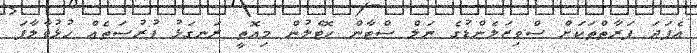
އެފަދަ ފަރާތްތަކަށް ސްވިޒަލެންޑުގެ ނަލް ސްޓާން ހޮޓެލުން މިއޮތީ ރަނގަޅު ފުރުސަތެއް ހުޅުވާލާފަ